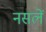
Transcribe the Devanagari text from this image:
नसलें